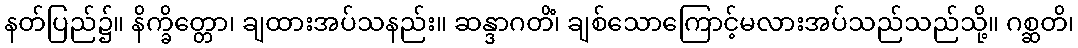
နတ်ပြည်၌။ နိက္ခိတ္တော၊ ချထားအပ်သနည်း။ ဆန္ဒာဂတိံ၊ ချစ်သောကြောင့်မလားအပ်သည်သည်သို့။ ဂစ္ဆတိ၊